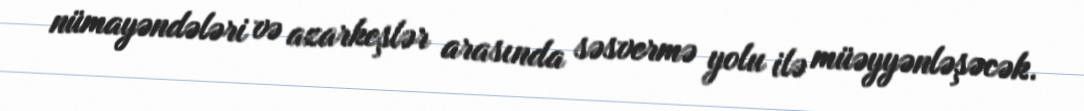
nümayəndələri və azarkeşlər arasında səsvermə yolu ilə müəyyənləşəcək.